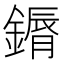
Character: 䥎